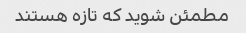
مطمئن شوید که تازه هستند